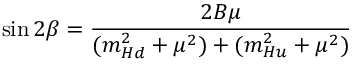
\sin { 2 \beta } = \frac { 2 B \mu } { ( m _ { H d } ^ { 2 } + \mu ^ { 2 } ) + ( m _ { H u } ^ { 2 } + \mu ^ { 2 } ) }